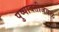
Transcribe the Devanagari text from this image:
पुष्पावतीजवळ